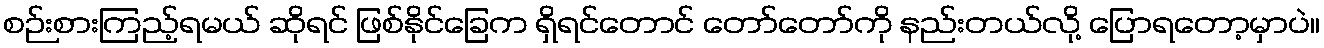
စဉ်းစားကြည့်ရမယ် ဆိုရင် ဖြစ်နိုင်ခြေက ရှိရင်တောင် တော်တော်ကို နည်းတယ်လို့ ပြောရတော့မှာပဲ။